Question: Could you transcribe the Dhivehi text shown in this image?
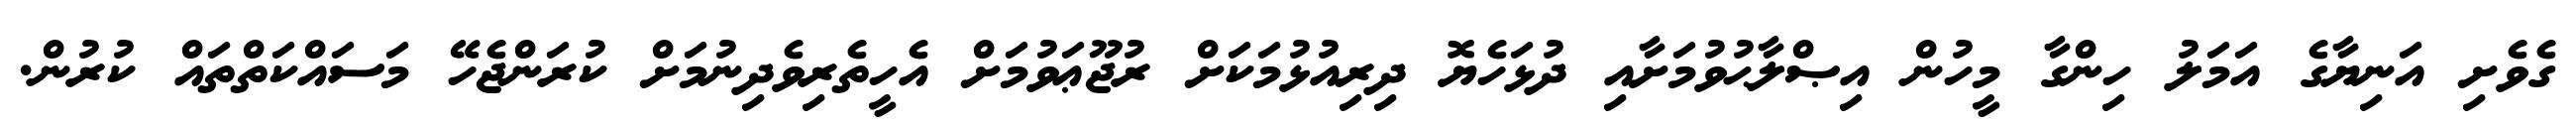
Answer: ގެވެށި އަނިޔާގެ އަމަލު ހިންގާ މީހުން އިޞްލާޙުވުމަށާއި ދުޅަހެޔޮ ދިރިއުޅުމަކަށް ރުޖޫޢަވުމަށް އެހީތެރިވެދިނުމަށް ކުރަންޖެހޭ މަސައްކަތްތައް ކުރުން.